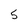
Character: 5